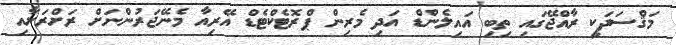
މަޤްސަދަކީ ރާއްޖޭގައި ތިބި އައިލެންޑް އަދި މެރިން ޕްރޮޓެކްޓެޑް އޭރިއާ މެނޭޖަރުންނަށް ރަށްރަށާއި